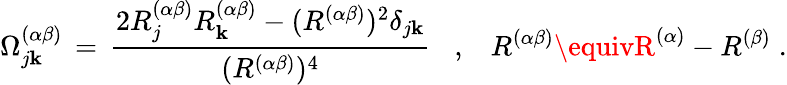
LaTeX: \Omega_{j\mathbf{k}}^{(\alpha\beta)}\, =\, \frac{{2R_{j}^{(\alpha\beta)}R_{\mathbf{k}}^{(\alpha\beta)}-(R^{(\alpha\beta)})^{2}\delta_{j\mathbf{k}}}}{{(R^{(\alpha\beta)})^{4}}}\; \; \; ,\; \; \; R^{(\alpha\beta)}\equivR^{(\alpha)}-R^{(\beta)}\; .